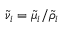
\widetilde { \nu } _ { i } = \widetilde { \mu } _ { i } / \widetilde { \rho } _ { i }